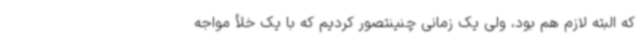
که البته لازم هم بود، ولی یک زمانی چنینتصور کردیم که با یک خلأ مواجه